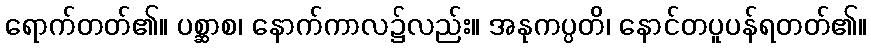
ရောက်တတ်၏။ ပစ္ဆာစ၊ နောက်ကာလ၌လည်း။ အနုကပ္ပတိ၊ နောင်တပူပန်ရတတ်၏။